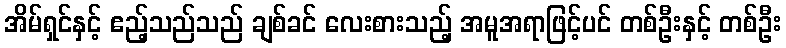
အိမ်ရှင်နှင့် ဧည့်သည်သည် ချစ်ခင် လေးစားသည့် အမူအရာဖြင့်ပင် တစ်ဦးနှင့် တစ်ဦး